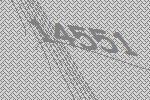
14551